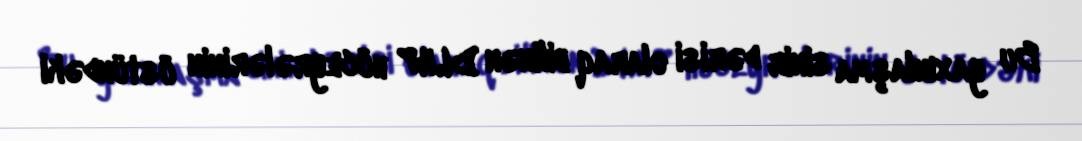
Bu yaxınlaşma sinir dərisi olaraq bilinən DLHP hüceyrələrinin üstündəki